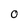
Character: O